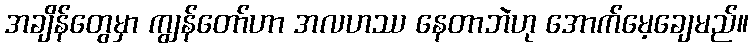
အချိန်တွေမှာ ကျွန်တော်ဟာ အလဟဿ နေတာဘဲဟု အောက်မေ့ချေမည်။